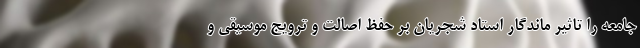
جامعه را تاثیر ماندگار استاد شجریان بر حفظ اصالت و ترویج موسیقی و